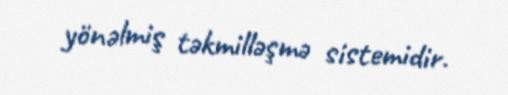
yönəlmiş təkmilləşmə sistemidir.